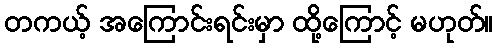
တကယ့် အကြောင်းရင်းမှာ ထို့ကြောင့် မဟုတ်။